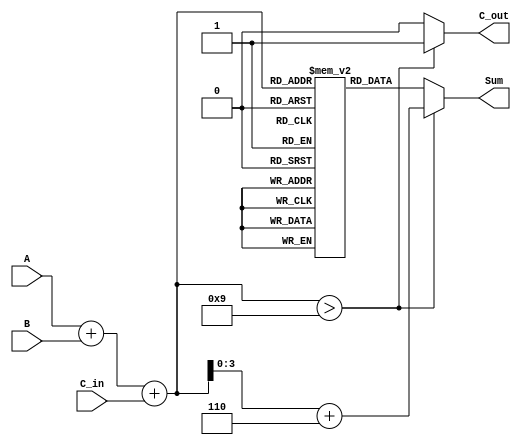
module BCD_LUT_Adder (
    input  wire [3:0] A,      // First BCD digit
    input  wire [3:0] B,      // Second BCD digit
    input  wire C_in,         // Carry-in
    output reg  [3:0] Sum,    // BCD sum output
    output reg  C_out         // Carry-out
);

    // Intermediate signals
    wire [4:0] S;             // 5-bit sum to accommodate carry
    reg [3:0] LUT [0:19];     // Look-Up Table for BCD correction

    // Initialize the LUT with BCD values
    initial begin
        LUT[0]  = 4'b0000; // 0
        LUT[1]  = 4'b0001; // 1
        LUT[2]  = 4'b0010; // 2
        LUT[3]  = 4'b0011; // 3
        LUT[4]  = 4'b0100; // 4
        LUT[5]  = 4'b0101; // 5
        LUT[6]  = 4'b0110; // 6
        LUT[7]  = 4'b0111; // 7
        LUT[8]  = 4'b1000; // 8
        LUT[9]  = 4'b1001; // 9
        LUT[10] = 4'b0000; // 10 (invalid BCD, will be corrected)
        LUT[11] = 4'b0001; // 11 (invalid BCD, will be corrected)
        LUT[12] = 4'b0010; // 12 (invalid BCD, will be corrected)
        LUT[13] = 4'b0011; // 13 (invalid BCD, will be corrected)
        LUT[14] = 4'b0100; // 14 (invalid BCD, will be corrected)
        LUT[15] = 4'b0101; // 15 (invalid BCD, will be corrected)
        LUT[16] = 4'b0110; // 16 (invalid BCD, will be corrected)
        LUT[17] = 4'b0111; // 17 (invalid BCD, will be corrected)
        LUT[18] = 4'b1000; // 18 (invalid BCD, will be corrected)
        LUT[19] = 4'b1001; // 19 (invalid BCD, will be corrected)
    end

    // Binary addition of A, B, and C_in
    assign S = A + B + C_in;

    // BCD correction logic
    always @(*) begin
        if (S > 9) begin
            Sum = S + 4'b0110; // Add 6 to correct the BCD
            C_out = 1;         // Set carry-out
        end else begin
            Sum = LUT[S];      // Use LUT for valid BCD output
            C_out = 0;         // No carry-out
        end
    end

endmodule